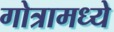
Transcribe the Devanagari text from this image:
गोत्रामध्ये